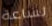
لساعة